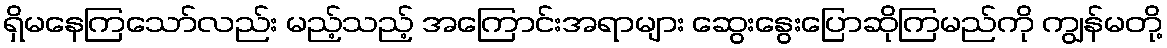
ရှိမနေကြသော်လည်း မည့်သည့် အကြောင်းအရာများ ဆွေးနွေးပြောဆိုကြမည်ကို ကျွန်မတို့